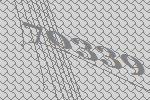
70339